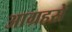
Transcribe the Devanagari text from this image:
आग्रहसे